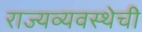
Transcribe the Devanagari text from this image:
राज्यव्यवस्थेची